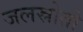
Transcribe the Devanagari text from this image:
जलस्रोतो